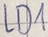
Text: LD1